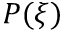
P ( \xi )